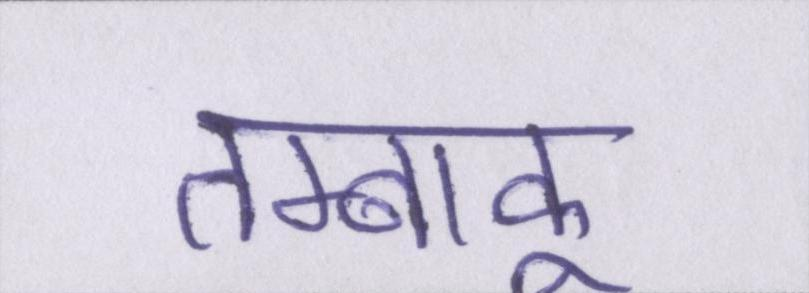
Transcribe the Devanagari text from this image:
तम्बाकू